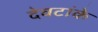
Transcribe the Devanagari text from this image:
देवटांके